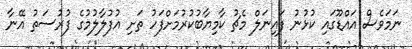
ނަމަވެސް އައްޑޫގައި ކުޅުނު ފައިނަލް މެޗު ކާމިޔާބުކުރުމަށްފަހު ތަށި އުފުލާލުމުގެ ފުރުސަތު އޭނާ